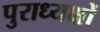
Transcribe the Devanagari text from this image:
पुराध्यक्षों